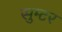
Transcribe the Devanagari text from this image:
सुम्टर